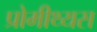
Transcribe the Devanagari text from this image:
प्रोमीथ्यस